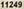
11249